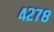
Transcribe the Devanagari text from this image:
४२७८